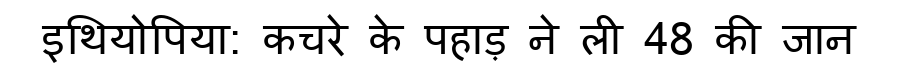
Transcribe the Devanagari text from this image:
इथियोपिया: कचरे के पहाड़ ने ली 48 की जान